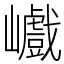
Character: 巇